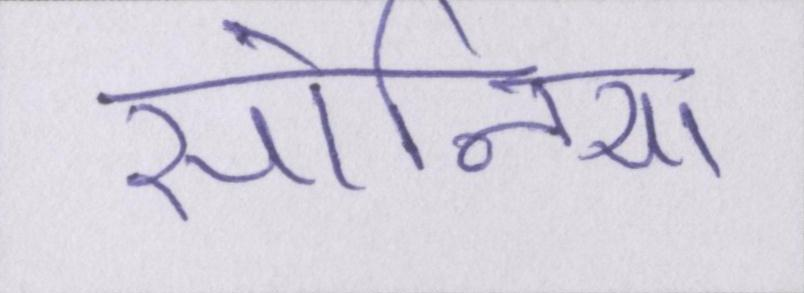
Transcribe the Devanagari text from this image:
सोनिया